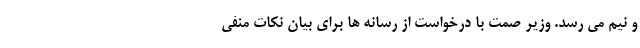
و نیم می رسد. وزیر صمت با درخواست از رسانه ها برای بیان نکات منفی